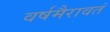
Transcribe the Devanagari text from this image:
वर्षमैरावतं